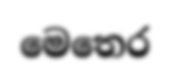
මෙතෙර